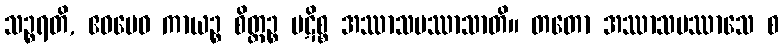
သဉ္စရတိ, ဧဝမေဝ ကာယဉ္စ စိတ္တဉ္စ ပဋိစ္စ အဿာသပဿာသာတိ။ တတော အဿာသပဿာသေ စ